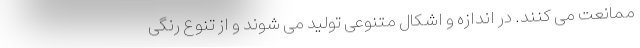
ممانعت می کنند. در اندازه و اشکال متنوعی تولید می شوند و از تنوع رنگی